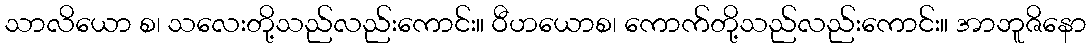
သာလိယော စ၊ သလေးတို့သည်လည်းကောင်း။ ဝီဟယောစ၊ ကောက်တို့သည်လည်းကောင်း။ အာဘူဇိနော